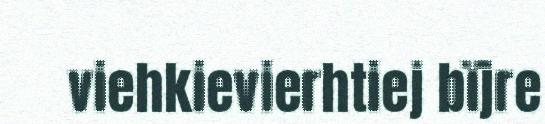
viehkievierhtiej bïjre